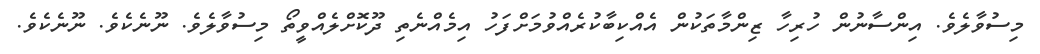
މިސުވާލެވެ. އިންސާނުން ހުރިހާ ޒިންމާތަކުން އެއްކިބާކުރެއްވުމަށްފަހު އިމެއްނެތި ދޫކޮށްލެއްވީތޯ މިސުވާލެވެ. ނޫނެކެވެ. ނޫނެކެވެ.